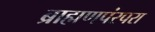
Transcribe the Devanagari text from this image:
ब्राह्मणपंरपरा